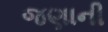
જણાની